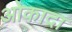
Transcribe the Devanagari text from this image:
ओकादा